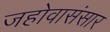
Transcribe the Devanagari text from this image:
जहोवासंसार